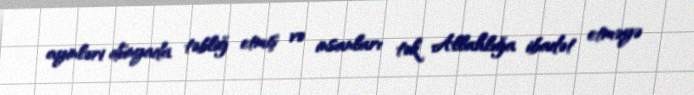
ayinləri dünyada təbliğ etmiş və insanları tək Allahlığa ibadət etməyə